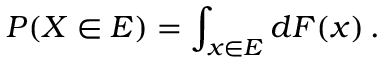
P ( X \in E ) = \int _ { x \in E } d F ( x ) \, .